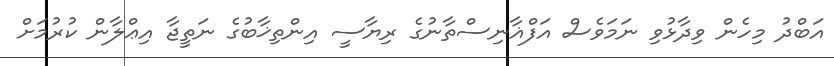
އަބްދު މިހެން ވިދާޅުވި ނަމަވެސް އަފްޣާނިސްތާނުގެ ރިޔާސީ އިންތިޚާބުގެ ނަތީޖާ އިޢްލާން ކުރުމަށް